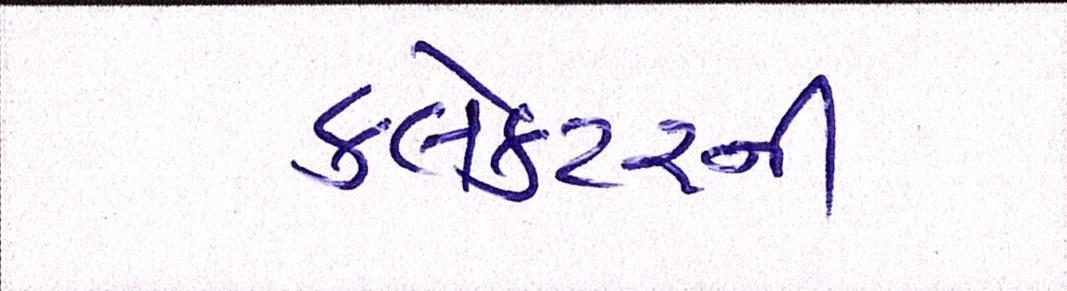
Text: કલેક્ટરની